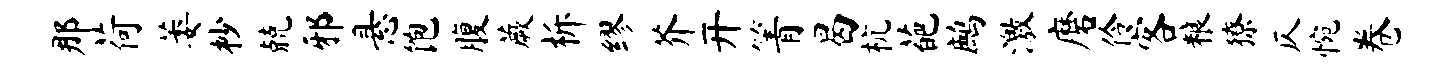
那荷萎杪兢邪悬饱腹蕨柝缪芥开箐曷杭葩鹧激磨伶客粮獠仄惋卷